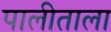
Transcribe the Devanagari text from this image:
पालीताला